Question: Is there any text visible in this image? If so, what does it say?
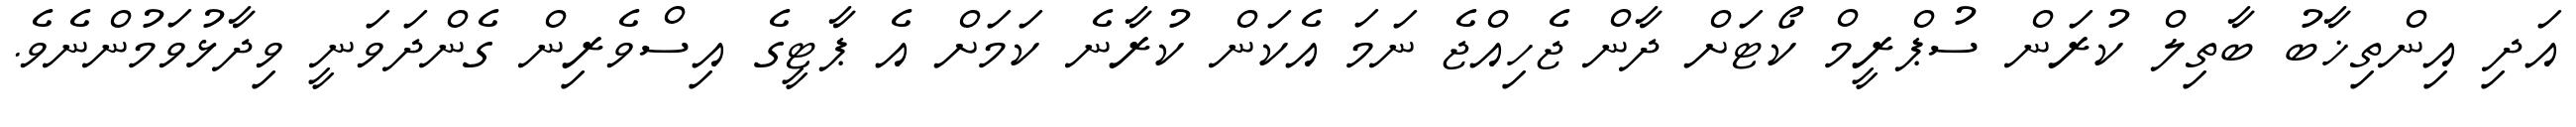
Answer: އަދި އިންތިޚާބު ބާތިލް ކުރަން ސުޕްރީމް ކޯޓަށް ދާން ޖެހިއްޖެ ނަމަ އެކަން ކުރާނެ ކަމަށް އެ ޕާޓީގެ އިސްވެރިން ގެންދަވަނީ ވިދާޅުވަމުންނެވެ.